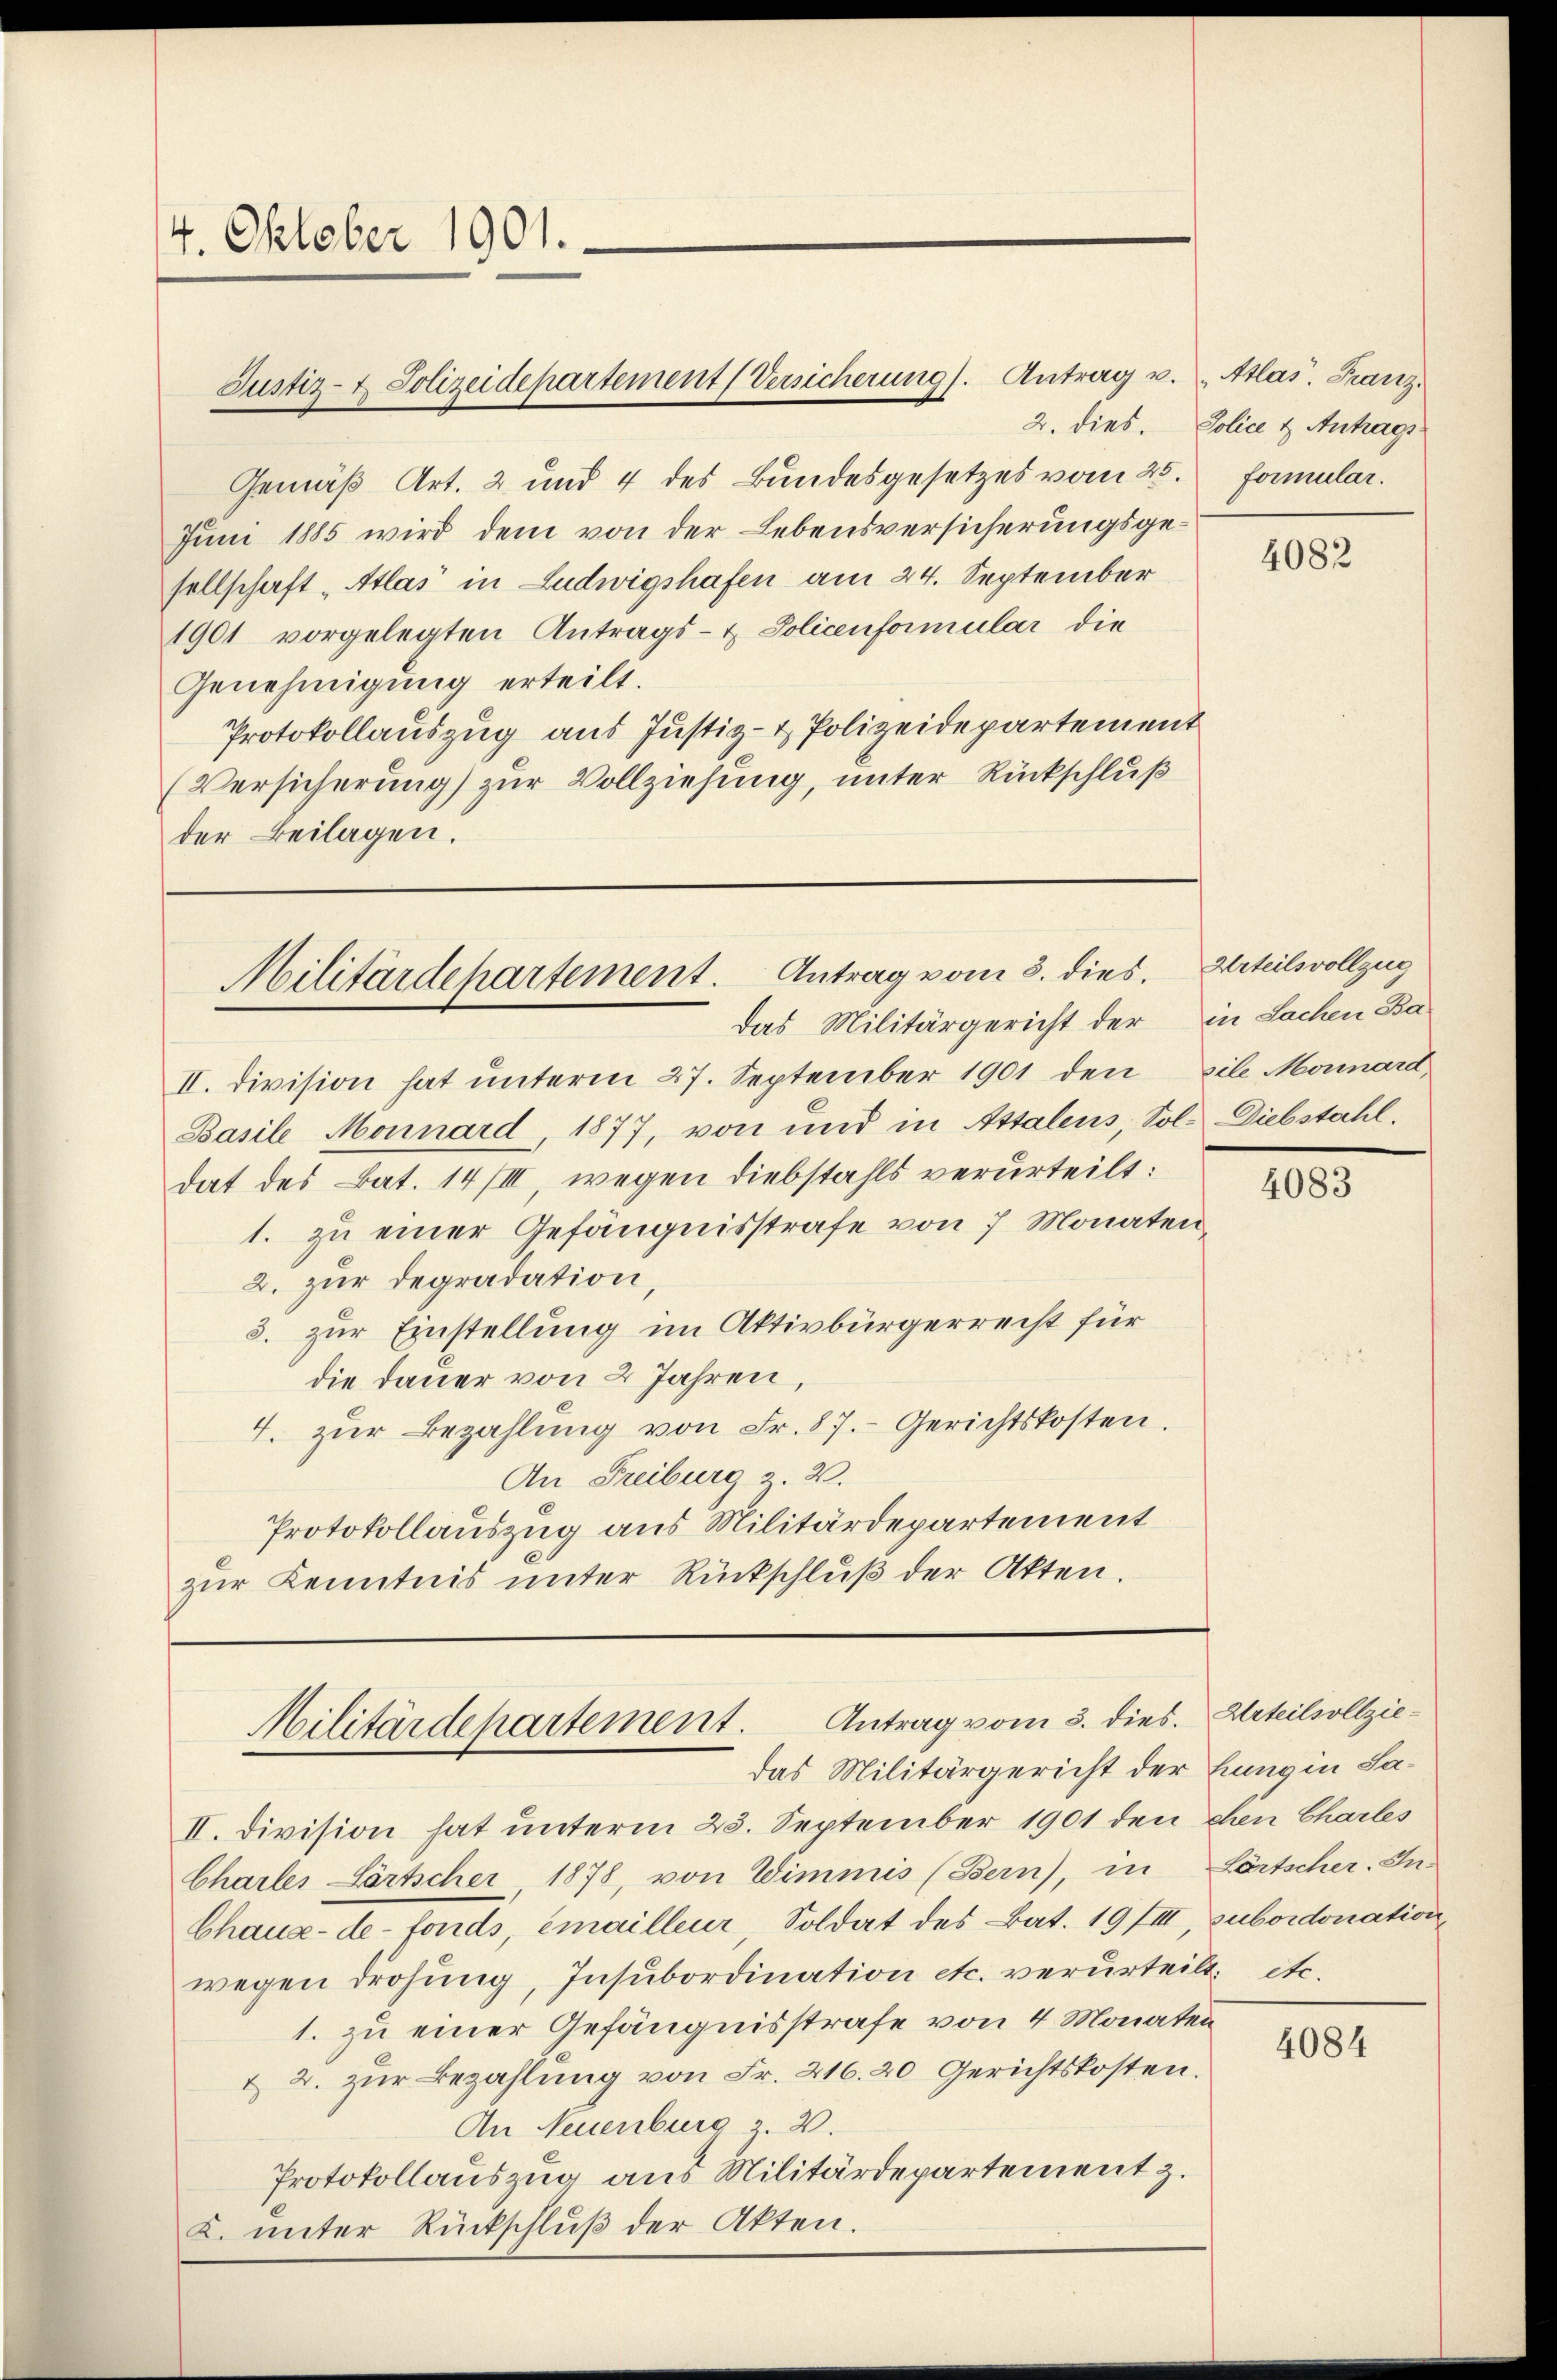
4. Oktober 1901.

Justiz- & Polizeidepartement (Versicherung). Antrag u. "Atlas. Franz.

Gemäß Art. 2 und 4 des Bundesgesetzes vom 25. Formular.
Juni 1885 wird dem von der Lebensversicherungsgesellschaft „Atlas in Ludwigshafen am 24. September
1901 vorgelegten Antrags- & Policenformular die
Genehmigung erteilt.
Protokollauszug aus Justiz- & Polizeidepartement
(Versicherung) zur Vollziehung, unter Rückschluß
der Beilagen.

Militärdepartement. Antrag vom 3. dies. Urteilsvollzug

Antrag vom 3. dies. Urteilsollzie¬
Militärdepartement.
das Militärgericht der Enng in Sa¬

2. dies. Police & Antrags

Das Militärgericht der in Sachen Ba-
II. Division hat unterm 27. September 1901 den Eile Monard
Basile Monnard, 1877, von und in Attalens, Sol. Diebstahl.
dat des Bat. 14/III wegen Diebstahls verurteilt:
1. zu einer Gefängnisstrafe von 7 Monaten¬
2. zur degradation
3. zur Einstellung im Aktivbürgerrecht für
die Dauer von 2 Jahren,
4. zur Bezahlung von Fr. 87. Gerichtskosten
An Freiburg z. 2.
Protokollauszug aus Militärdepartement
zur Kenntnis unter Rückschluß der Akten.

II. Division hat unterm 23. September 1901 den den Charles
Charlei Pärtscher 1878, von Wimmis (Bern), in Lörtscher-In-
Chaux-de-Fonds Emailleur Soldat des Bat. 19/III, subordonation
wegen drohung, Insubordination etc. verurteilt. etc.
1. zu einer Gefängnisstrafe von 4 Monaten
& 2. zŭr Bezahlung von Fr. 216. 20 Gerichtskosten.
An Neuenburg z. B.
Protokollauszug aus Militärdepartement z.
2. unter Rückschluß der Akten.

4082

4083

4084